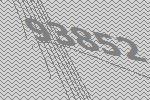
93852